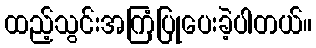
ထည့်သွင်းအကြံပြုပေးခဲ့ပါတယ်။